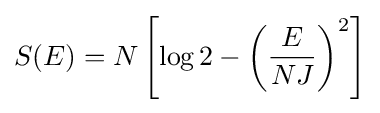
S(E)=N\left[\log 2-\left({\frac {E}{NJ}}\right)^{2}\right]